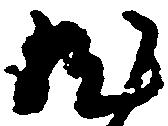
然